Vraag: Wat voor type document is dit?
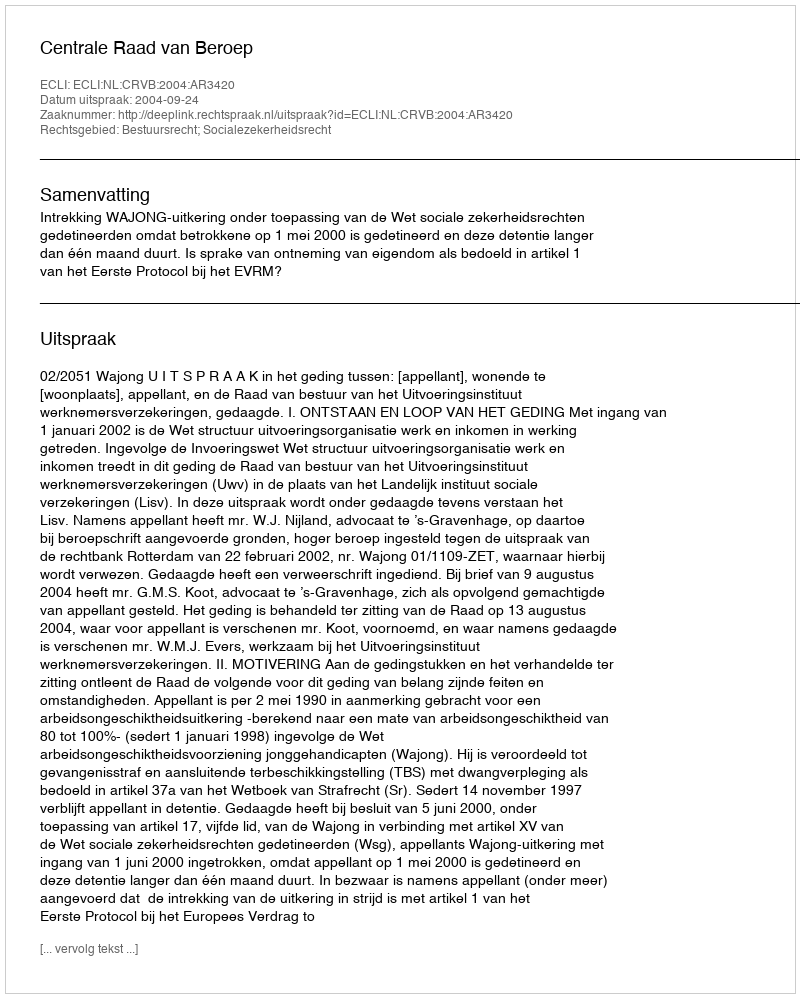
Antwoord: Uitspraak